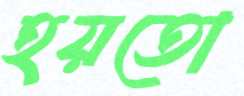
হয়তো